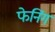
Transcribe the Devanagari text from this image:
फेनिंग